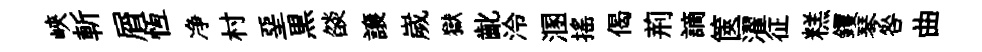
峽斬屑恆净村堊黒燄譲嵗獄齔泠溷搖偈荊謫篋濯征糕钁琴咎曲